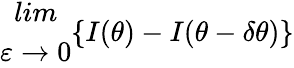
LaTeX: \begin{array}{c}{{lim}}\\ {{\varepsilon\rightarrow 0}}\end{array}\{ I(\theta)-I(\theta-\delta\theta)\}